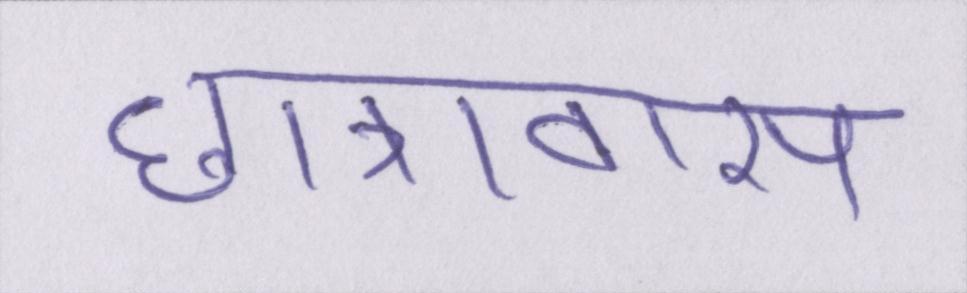
छात्रावास